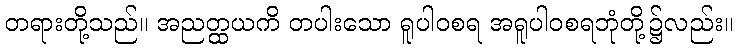
တရားတို့သည်။ အညတ္ထယကိ တပါးသော ရူပါဝစရ အရူပါဝစရဘုံတို့၌လည်း။